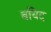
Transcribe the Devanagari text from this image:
बयिद